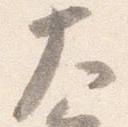
大